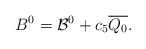
LaTeX: \begin{align*}B^0 = \mathcal{B}^0+c_5 \overline{Q_0}.\end{align*}